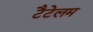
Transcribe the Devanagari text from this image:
टैटेलम